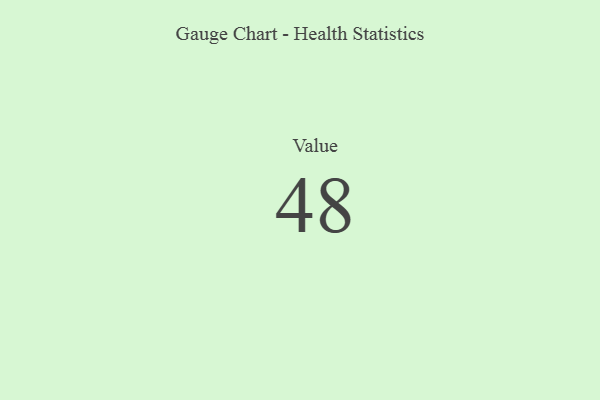
{"axis": {"x": "Metric", "y": "Value"}, "legend": [""], "data": [{"x": "Value", "y": 48, "type": ""}]}